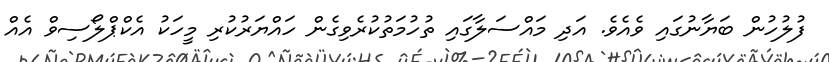
ފުލުހުން ބަޔާނުގައި ވެއެވެ. އަދި މައްސަލާގައި ތުހުމަތުކުރެވިގެން ހައްޔަރުކުރި މީހަކު އެކްޕްލޯސިވް އެއް